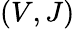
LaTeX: (V,J)